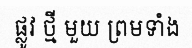
ផ្លូវ ថ្មី មួយ ព្រមទាំង